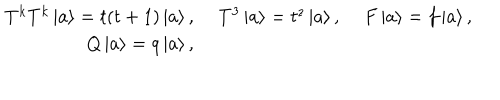
LaTeX: \renewcommand { \arraystretch } { 1 . 3 } \begin{array} { r r c } { { T ^ { k } T ^ { k } \left| a \right> = t ( t + 1 ) \left| a \right> , } } & { { \, \, T ^ { 3 } \left| a \right> = t ^ { z } \left| a \right> , } } & { { \, \, F \left| a \right> = f \left| a \right> , } } \\ { { Q \left| a \right> = q \left| a \right> , } } & { { } } & { { } } \\ \end{array}